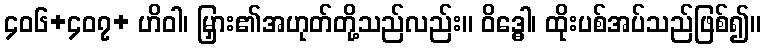
၄၀၆+၄၀၇+ ဟိဝါ၊ မြှား၏အဟုတ်တို့သည်လည်း။ ဝိဒ္ဓေါ၊ ထိုးပစ်အပ်သည်ဖြစ်၍။